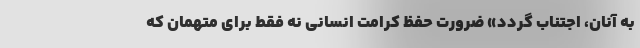
به آنان، اجتناب گردد» ضرورت حفظ کرامت انسانی نه فقط برای متهمان که